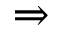
\Rightarrow